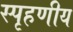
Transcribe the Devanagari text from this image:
स्‍पृहणीय